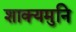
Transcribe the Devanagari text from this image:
शाक्‍यमुनि